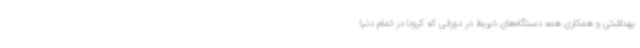
بهداشتی و همکاری همه دستگاه‌های ذیربط در دورانی که کرونا در تمام دنیا